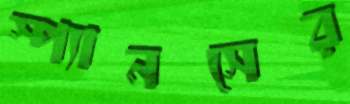
স্প্যানসের